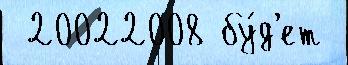
 20022008 бу́д'ет